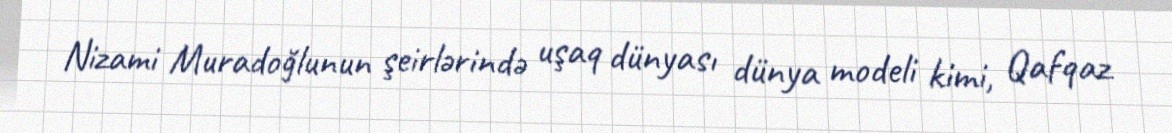
Nizami Muradoğlunun şeirlərində uşaq dünyası dünya modeli kimi, Qafqaz